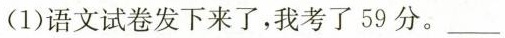
(1)语文试卷发下来了，我考了59分。___